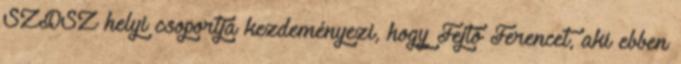
SZDSZ helyi csoportja kezdeményezi, hogy Fejtő Ferencet, aki ebben